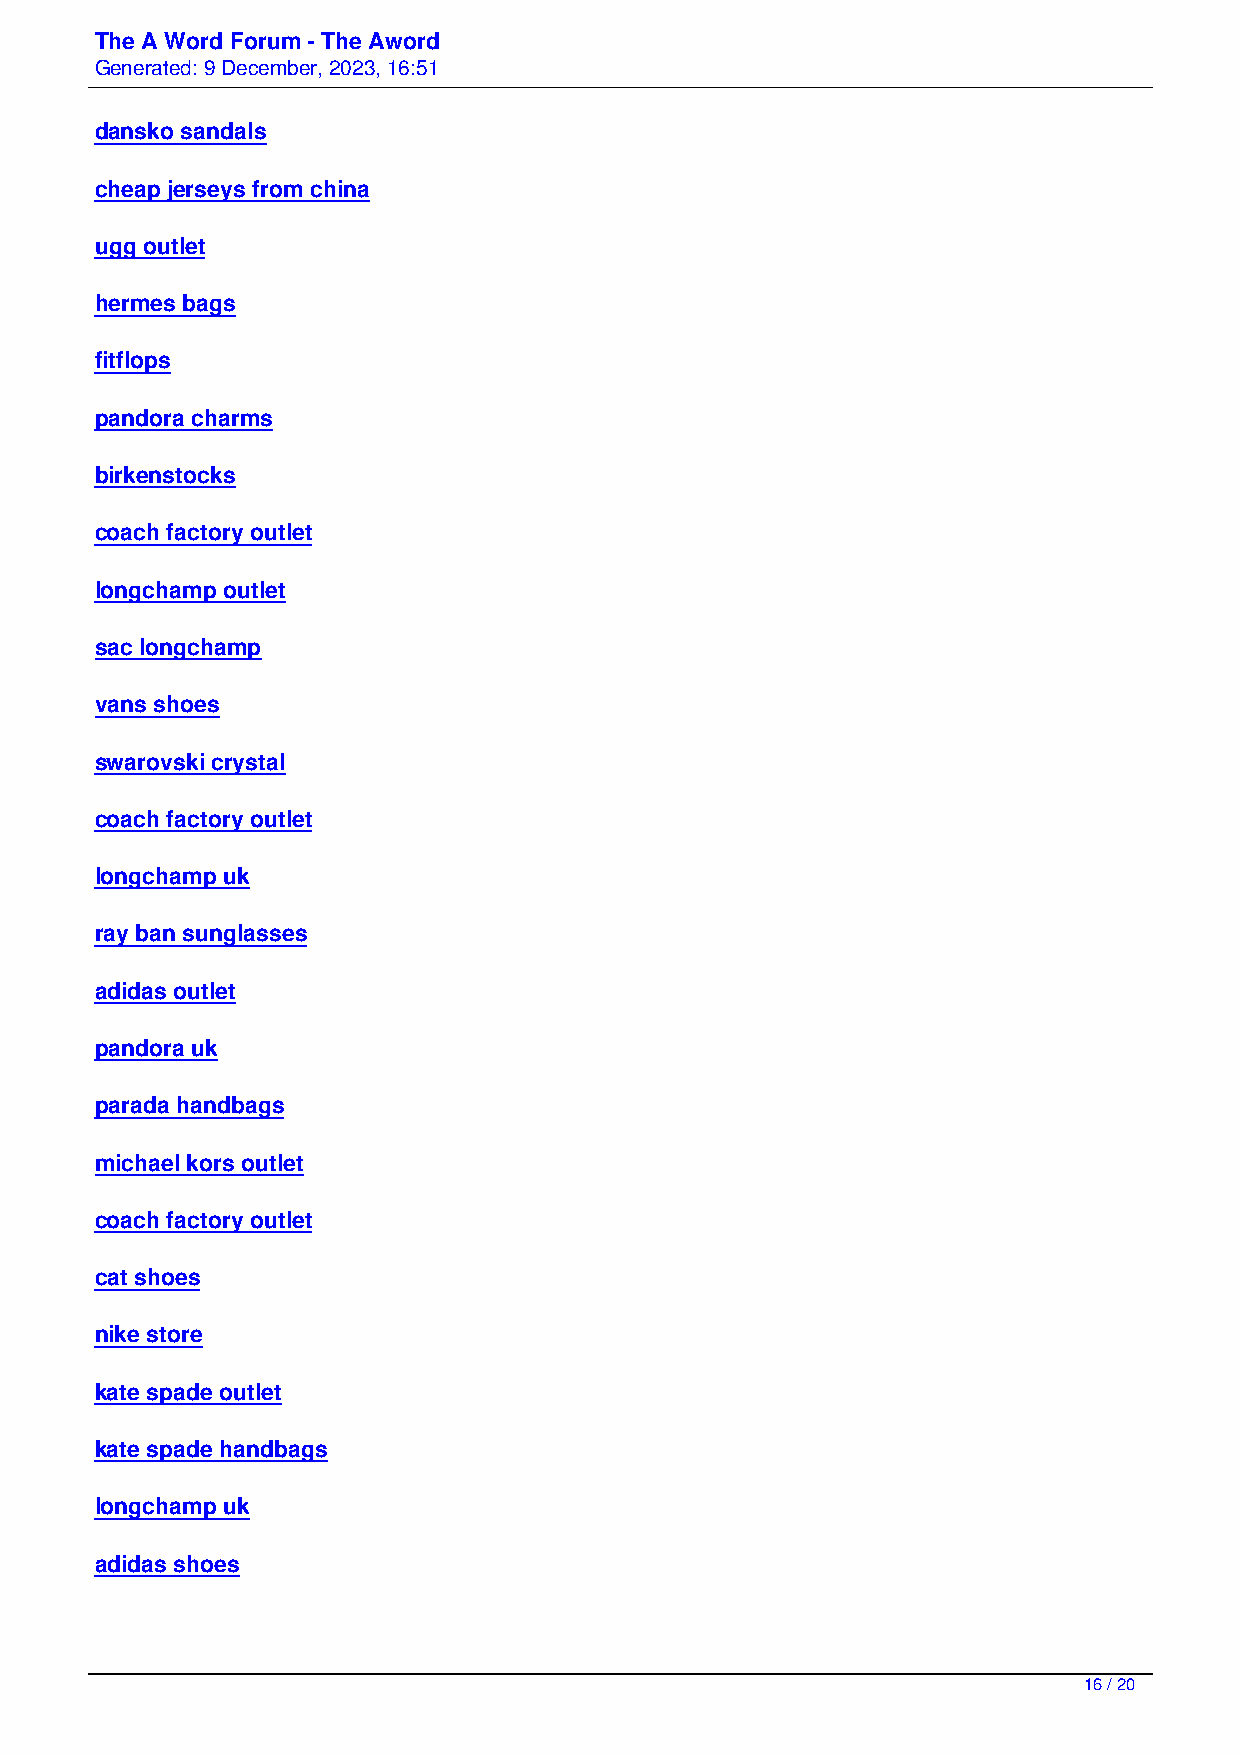
The A Word Forum - The Aword
 Generated: 9 December, 2023, 16:51
 dansko sandals
 cheap jerseys from china
 ugg outlet
 hermes bags
 fitflops
 pandora charms
 birkenstocks
 coach factory outlet
 longchamp outlet
 sac longchamp
 vans shoes
 swarovski crystal
 coach factory outlet
 longchamp uk
 ray ban sunglasses
 adidas outlet
 pandora uk
 parada handbags
 michael kors outlet
 coach factory outlet
 cat shoes
 nike store
 kate spade outlet
 kate spade handbags
 longchamp uk
 adidas shoes
 16 / 20